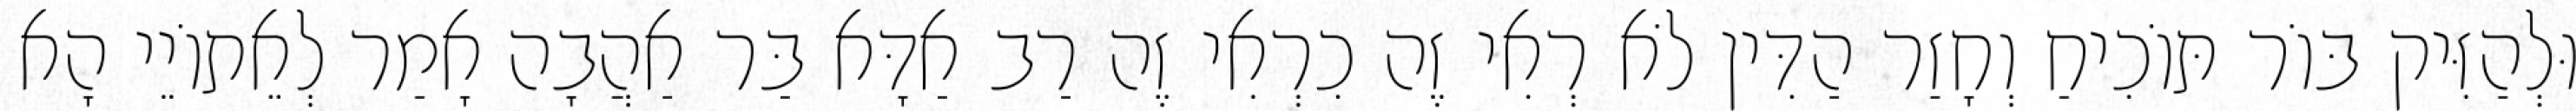
וּלְהַזִּיק בּוֹר תּוֹכִיחַ וְחָזַר הַדִּין לֹא רְאִי זֶה כִרְאִי זֶה רַב אַדָּא בַּר אַהֲבָה אָמַר לְאֵתוֹיֵי הָא